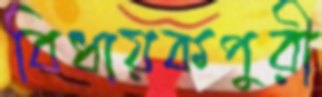
বিধায়কপুরী